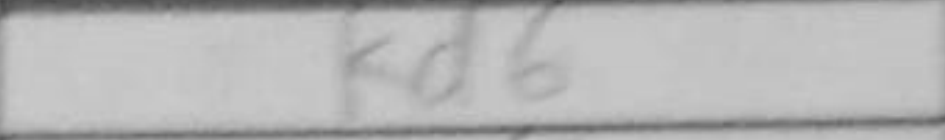
Transcription: Kd6